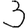
Digit: 3